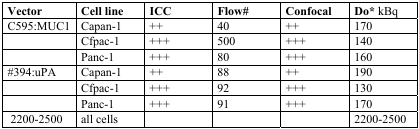
<table><thead><tr><td><b>Vector</b></td><td><b>Cell line</b></td><td><b>ICC</b></td><td><b>Flow#</b></td><td><b>Confocal</b></td><td><b>Do* kBq</b></td></tr></thead><tbody><tr><td>C595:MUC1</td><td>Capan-1</td><td>++</td><td>40</td><td>++</td><td>170</td></tr><tr><td></td><td>Cfpac-1</td><td>+++</td><td>500</td><td>+++</td><td>140</td></tr><tr><td></td><td>Panc-1</td><td>+++</td><td>80</td><td>+++</td><td>160</td></tr><tr><td>#394:uPA</td><td>Capan-1</td><td>++</td><td>88</td><td>++</td><td>190</td></tr><tr><td></td><td>Cfpac-1</td><td>+++</td><td>92</td><td>+++</td><td>130</td></tr><tr><td></td><td>Panc-1</td><td>+++</td><td>91</td><td>+++</td><td>170</td></tr><tr><td>2200-2500</td><td>all cells</td><td></td><td></td><td></td><td>2200-2500</td></tr></tbody></table>